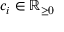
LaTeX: c _ { i } \in { \mathbb { R } } _ { \geq 0 }